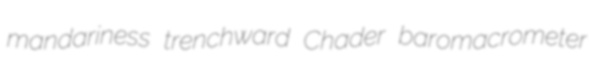
mandariness trenchward Chader baromacrometer